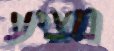
מציע